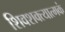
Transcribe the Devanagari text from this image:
शिवशक्त्यात्मकं